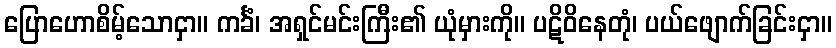
ပြောဟောစိမ့်သောငှာ။ ကင်္ခံ၊ အရှင်မင်းကြီး၏ ယုံမှားကို။ ပဋိဝိနေတုံ၊ ပယ်ဖျောက်ခြင်းငှာ။